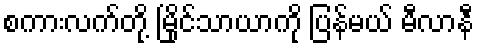
စကားလက်တို့ မြိုင်သာယာကို ပြန်မယ် မီလာနီ